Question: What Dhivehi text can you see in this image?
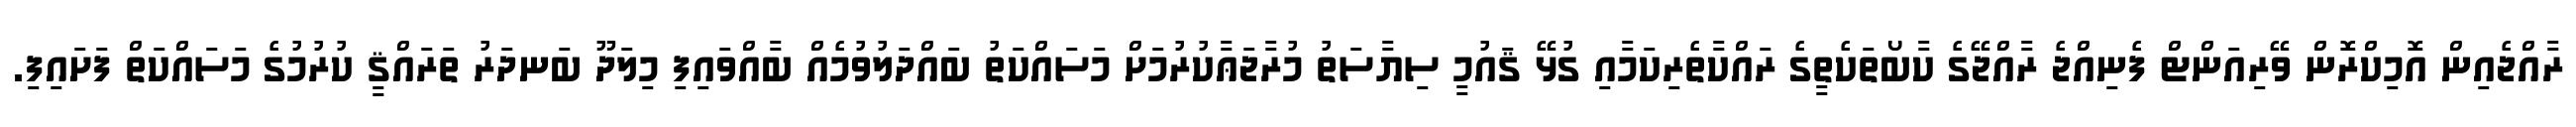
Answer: ރާއްޖެއިން އޮމިކްރޮން ވޭރިއަންޓް ފެނިއްޖެ ރާއްޖޭގެ ކާބޯތަކެތީގެ ރައްކާތެރިކަމާއި ގުޅޭ ޤައުމީ ސިޔާސަތު މުރާޖަޢާކުރުމަށް މަސައްކަތު ބައްދަލުވުމެއް ބާއްވައިފި މިލަދޫ ބަނދަރު ތަރައްޤީ ކުރުމުގެ މަސައްކަތް ފަށައިފި.